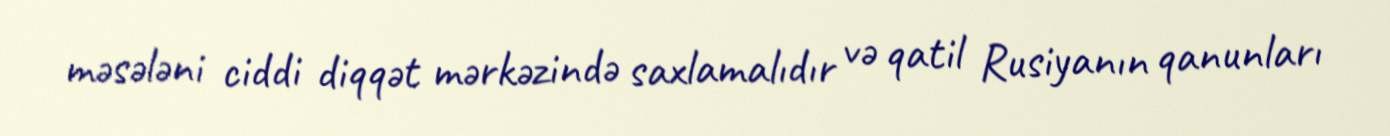
məsələni ciddi diqqət mərkəzində saxlamalıdır və qatil Rusiyanın qanunları